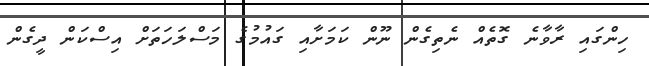
ހިންގައި ރާވާނެ ގޮތެއް ނެތިގެން ނޫން ކަމަށާއި ގައުމުގެ މަސްލަހަތަށް އިސްކަން ދީގެން